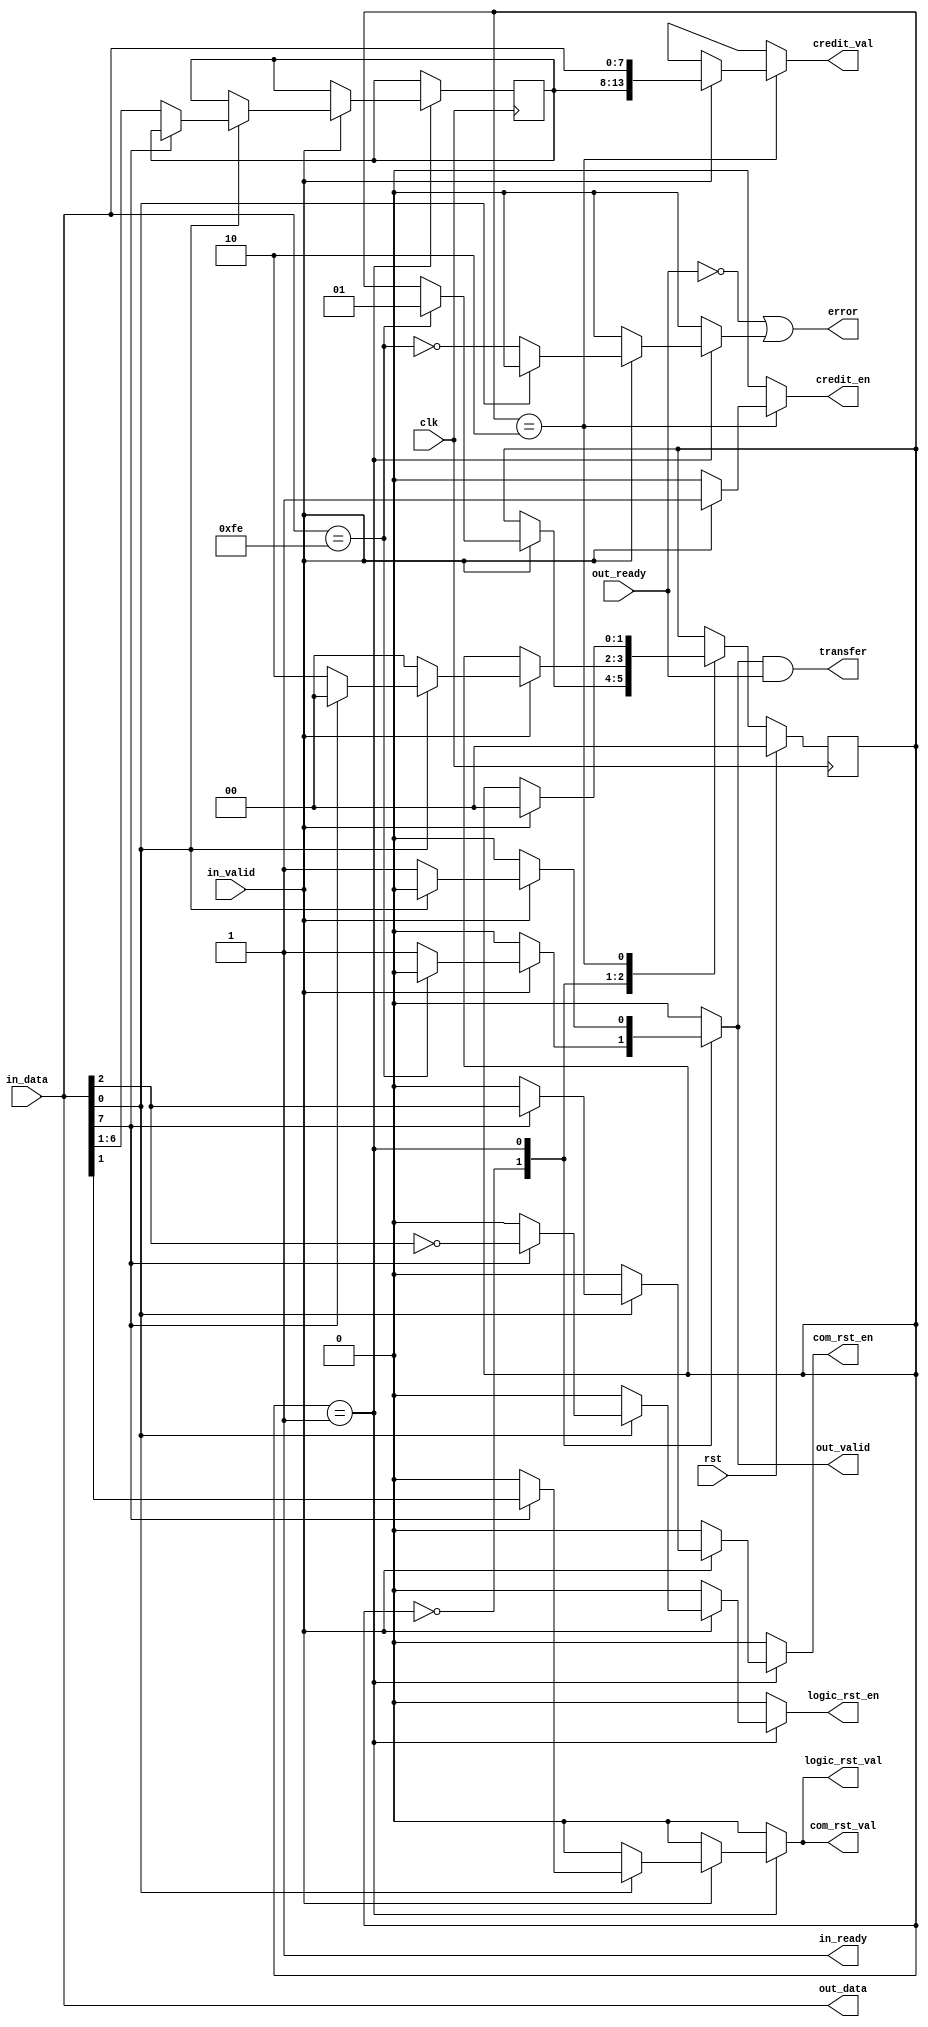
/* Copyright (c) 2016 by the author(s)
 *
 * Permission is hereby granted, free of charge, to any person obtaining a copy
 * of this software and associated documentation files (the "Software"), to deal
 * in the Software without restriction, including without limitation the rights
 * to use, copy, modify, merge, publish, distribute, sublicense, and/or sell
 * copies of the Software, and to permit persons to whom the Software is
 * furnished to do so, subject to the following conditions:
 *
 * The above copyright notice and this permission notice shall be included in
 * all copies or substantial portions of the Software.
 *
 * THE SOFTWARE IS PROVIDED "AS IS", WITHOUT WARRANTY OF ANY KIND, EXPRESS OR
 * IMPLIED, INCLUDING BUT NOT LIMITED TO THE WARRANTIES OF MERCHANTABILITY,
 * FITNESS FOR A PARTICULAR PURPOSE AND NONINFRINGEMENT. IN NO EVENT SHALL THE
 * AUTHORS OR COPYRIGHT HOLDERS BE LIABLE FOR ANY CLAIM, DAMAGES OR OTHER
 * LIABILITY, WHETHER IN AN ACTION OF CONTRACT, TORT OR OTHERWISE, ARISING FROM,
 * OUT OF OR IN CONNECTION WITH THE SOFTWARE OR THE USE OR OTHER DEALINGS IN
 * THE SOFTWARE.
 *
 * =============================================================================
 *
 * Ingress path. Filters control messages from the stream.
 *
 * Author(s):
 *   Stefan Wallentowitz <stefan@wallentowitz.de>
 */

module glip_uart_control_ingress
  (
   input             clk,
   input             rst,

   // Both FIFO interfaces
   input [7:0]       in_data,
   input             in_valid,
   output            in_ready,
   output [7:0]      out_data,
   output reg        out_valid,
   input             out_ready,

   // Count transfers for credits
   output            transfer,

   // Credit control message detected
   output reg        credit_en,
   output reg [13:0] credit_val,

   // Logic reset control message detected
   output reg        logic_rst_en,
   output reg        logic_rst_val,

   // Communication reset control message detected
   output reg        com_rst_en,
   output reg        com_rst_val,

   // Error case
   output            error
   );

   // Just bypass data, the out_enable filters
   assign out_data = in_data;

   // User transfers count only
   assign transfer = out_valid & out_ready;

   // We are always ready. Due to the credit-based flow control there
   // shall never be backpressure here.
   assign in_ready = 1'b1;

   // An FSM error or backpressure are error cases
   reg               fsm_error;
   assign error = ~out_ready | fsm_error;
   
   localparam STATE_PASSTHROUGH = 0;
   localparam STATE_MATCH = 1;
   localparam STATE_CREDIT = 2;

   reg [1:0]         state;
   reg [1:0]         nxt_state;
   reg [5:0]         credit_first;
   reg [5:0]         nxt_credit_first;

   // Sequential part of state machine
   always @(posedge clk) begin
      if (rst) begin
         state <= STATE_PASSTHROUGH;
      end else begin
         state <= nxt_state;
      end
      // This is never used in the first cycle after reset. Can use
      // any reset value
      credit_first <= nxt_credit_first;
   end

   // Data matches the marker
   wire in_data_match = (in_data == 8'hfe);
   
   always @(*) begin
      // Register defaults
      nxt_state = state;
      nxt_credit_first = credit_first;

      // Default outputs
      out_valid = 1'b0;
      fsm_error = 1'b0;
      logic_rst_en = 1'b0;
      com_rst_en = 1'b0;
      logic_rst_val = 1'b0;
      com_rst_val = 1'b0;
      credit_en = 1'b0;
      credit_val = 14'hx;
      
      case(state)
        STATE_PASSTHROUGH: begin
           if (in_valid) begin
              // Input data received
              if (in_data_match) begin
                 // We match the filter condition, filter
                 nxt_state = STATE_MATCH;
              end else begin
                 // Otherwise just forward data
                 out_valid = 1'b1;
              end
           end
        end
        STATE_MATCH: begin
           if (in_valid) begin
              // Next data item
              if (~in_data[0]) begin
                 // If bit 0 is not set this is the repeated data item
                 // Verify that this is true and continue data stream
                 fsm_error = !in_data_match;
                 nxt_state = STATE_PASSTHROUGH;
                 out_valid = 1'b1;
              end else if (~in_data[7]) begin
                 // The first bit is set for credit messages Store the
                 // data in the register to assemble the full length
                 // after we received the next word
                 nxt_credit_first = in_data[6:1];
                 nxt_state = STATE_CREDIT;
              end else begin
                 // The first bit is not set for other control
                 // messages. Currently we only have the rst control
                 // message. Bit 1 is the new state of the rst
                 // register
                 logic_rst_en = ~in_data[2];
                 com_rst_en = in_data[2];
                 logic_rst_val = in_data[1];
                 com_rst_val = in_data[1];

                 // Go back to data stream bypassing
                 nxt_state = STATE_PASSTHROUGH;
              end
           end
        end // case: STATE_MATCH
        STATE_CREDIT: begin
           if (in_valid) begin
              // This is the extra word for the credit. Emit this and
              // the previously saved higher bits
              credit_val = {credit_first, in_data};
              credit_en = 1'b1;
              // Go back to data stream bypassing
              nxt_state = STATE_PASSTHROUGH;
           end
        end
      endcase // case (state)
   end
endmodule // glip_uart_control_egress